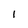
Character: I